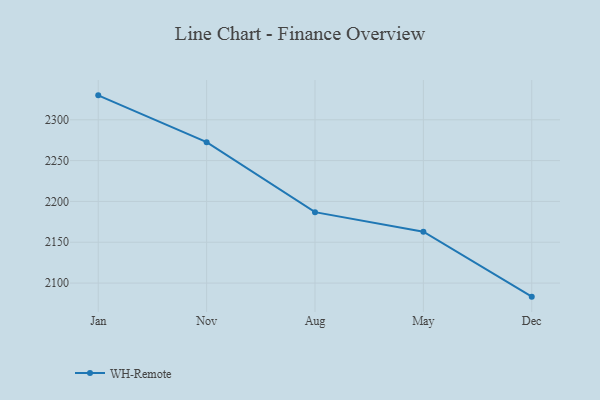
{"axis": {"x": "Month", "y": "LTV (USD)"}, "legend": ["WH-Remote"], "data": [{"x": "Jan", "y": 2329.9, "type": "WH-Remote"}, {"x": "Nov", "y": 2272.6, "type": "WH-Remote"}, {"x": "Aug", "y": 2186.9, "type": "WH-Remote"}, {"x": "May", "y": 2162.9, "type": "WH-Remote"}, {"x": "Dec", "y": 2083.4, "type": "WH-Remote"}]}